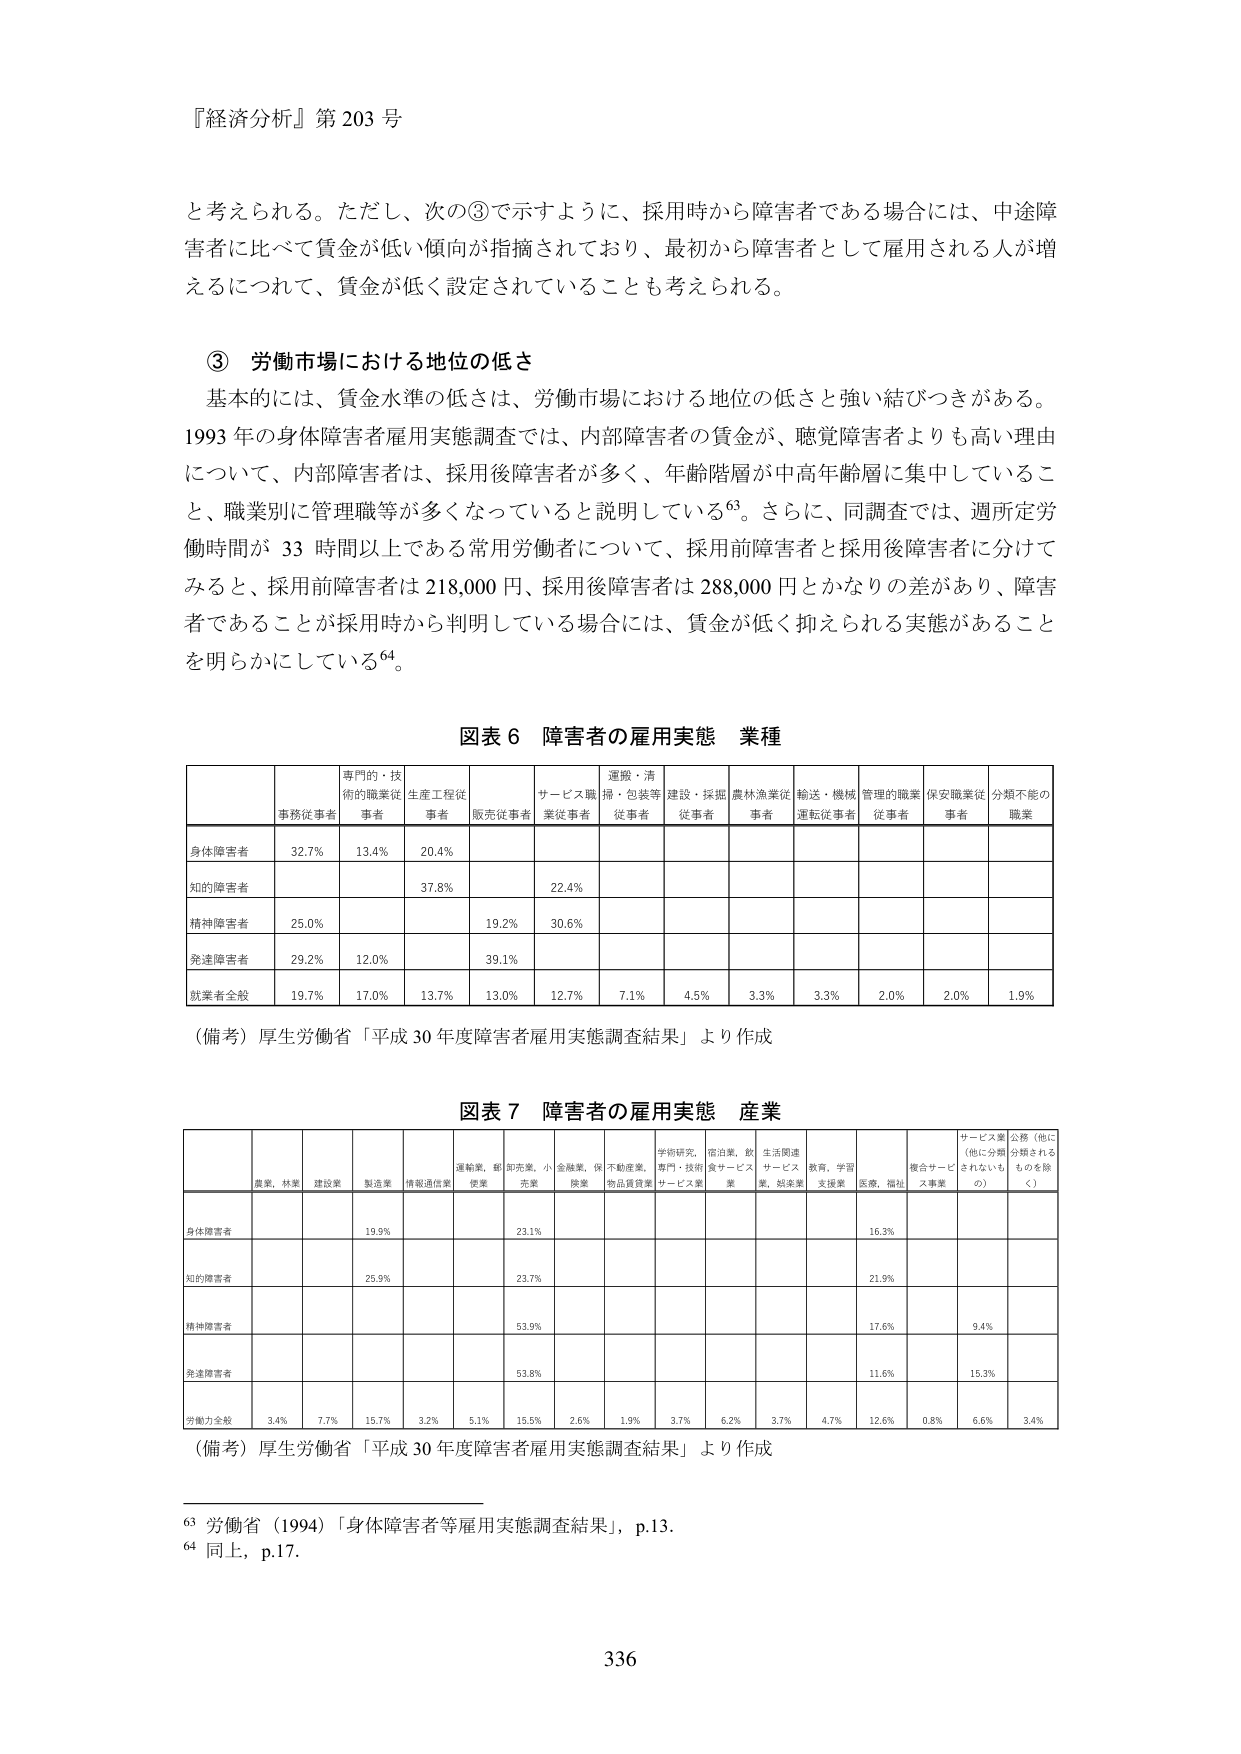
『経済分析』第 203 号

と考えられる。ただし、次の③で示すように、採用時から障害者である場合には、中途障害者に比べて賃金が低い傾向が指摘されており、最初から障害者として雇用される人が増えるにつれて、賃金が低く設定されていることも考えられる。

③ 労働市場における地位の低さ

基本的には、賃金水準の低さは、労働市場における地位の低さと強い結びつきがある。1993 年の身体障害者雇用実態調査では、内部障害者の賃金が、聴覚障害者よりも高い理由について、内部障害者は、採用後障害者が多く、年齢階層が中高年齢層に集中していること、職業別に管理職等が多くなっていると説明している⁶³。さらに、同調査では、週所定労働時間が 33 時間以上である常用労働者について、採用前障害者と採用後障害者に分けてみると、採用前障害者は 218,000 円、採用後障害者は 288,000 円とかなりの差があり、障害者であることが採用時から判明している場合には、賃金が低く抑えられる実態があることを明らかにしている⁶⁴。

図表 6 障害者の雇用実態 業種

| | 事務従事者 | 専門的・技術的職業従事者 | 生産工程従事者 | 販売従事者 | サービス職業従事者 | 運搬・清掃・包装等従事者 | 建設・採掘従事者 | 農林漁業従事者 | 輸送・機械運転従事者 | 管理的職業従事者 | 保安職業従事者 | 分類不能の職業 |
|---|---|---|---|---|---|---|---|---|---|---|---|---|
| 身体障害者 | 32.7% | 13.4% | 20.4% | | | | | | | | | |
| 知的障害者 | | | 37.8% | | 22.4% | | | | | | | |
| 精神障害者 | 25.0% | | | 19.2% | 30.6% | | | | | | | |
| 発達障害者 | 29.2% | 12.0% | | 39.1% | | | | | | | | |
| 就業者全般 | 19.7% | 17.0% | 13.7% | 13.0% | 12.7% | 7.1% | 4.5% | 3.3% | 3.3% | 2.0% | 2.0% | 1.9% |

（備考）厚生労働省「平成 30 年度障害者雇用実態調査結果」より作成

図表 7 障害者の雇用実態 産業

| | 農業、林業 | 建設業 | 製造業 | 情報通信業 | 運輸業、郵便業 | 卸売業、小売業 | 金融業、保険業 | 不動産業、物品賃貸業 | 学術研究、専門・技術サービス業 | 宿泊業、飲食サービス業 | 生活関連サービス業、娯楽業 | 教育、学習支援業 | 医療、福祉 | 複合サービス事業 | サービス業（他に分類されないもの） | 公務（他に分類されるものを除く） |
|---|---|---|---|---|---|---|---|---|---|---|---|---|---|---|---|---|
| 身体障害者 | | | 19.9% | | | 23.1% | | | | | | | | 16.3% | | |
| 知的障害者 | | | 25.9% | | | 23.7% | | | | | | | | 21.9% | | |
| 精神障害者 | | | | | | 53.9% | | | | | | | | 17.6% | 9.4% | |
| 発達障害者 | | | | | | 53.8% | | | | | | | | 11.6% | 15.3% | |
| 労働力全般 | 3.4% | 7.7% | 15.7% | 3.2% | 5.1% | 15.5% | 2.6% | 1.9% | 3.7% | 6.2% | 3.7% | 4.7% | 12.6% | 0.8% | 6.6% | 3.4% |

（備考）厚生労働省「平成 30 年度障害者雇用実態調査結果」より作成

⁶³ 労働省（1994）「身体障害者等雇用実態調査結果」，p.13.

⁶⁴ 同上，p.17.

336